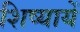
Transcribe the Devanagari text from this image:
शिष्यायें